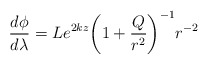
\begin{align*}\frac{d\phi}{d\lambda}=Le^{2kz}{\left(1+\frac{Q}{r^2}\right)}^{-1}r^{-2}\end{align*}